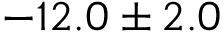
- 1 2 . 0 \pm 2 . 0